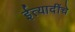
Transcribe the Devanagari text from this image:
ईत्यादींचे